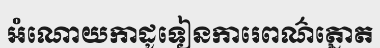
អំណោយកាដូទៀនការេពណ៌ត្នោត